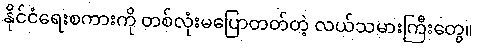
နိုင်ငံရေးစကားကို တစ်လုံးမပြောတတ်တဲ့ လယ်သမားကြီးတွေ။